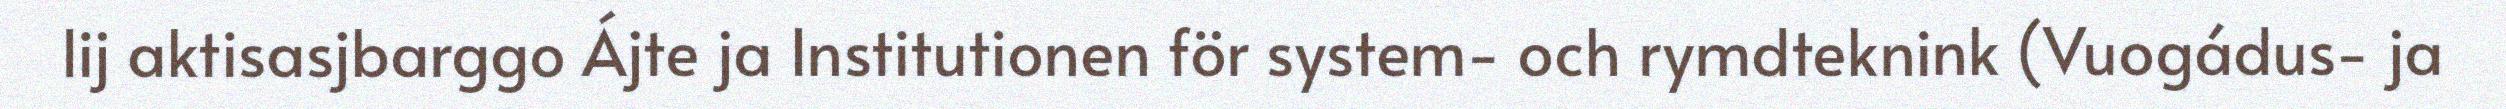
lij aktisasjbarggo Ájte ja Institutionen för system- och rymdteknink (Vuogádus- ja